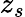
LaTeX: z_{s}